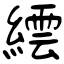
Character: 繧